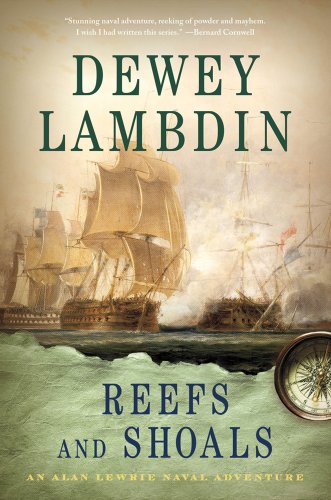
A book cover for Reefs and Shoals: An Alan Lewrie Naval Adventure (Alan Lewrie Naval Adventures); Dewey Lambdin; Literature & Fiction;